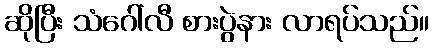
ဆိုပြီး သံဂေါ်လီ စားပွဲနား လာရပ်သည်။